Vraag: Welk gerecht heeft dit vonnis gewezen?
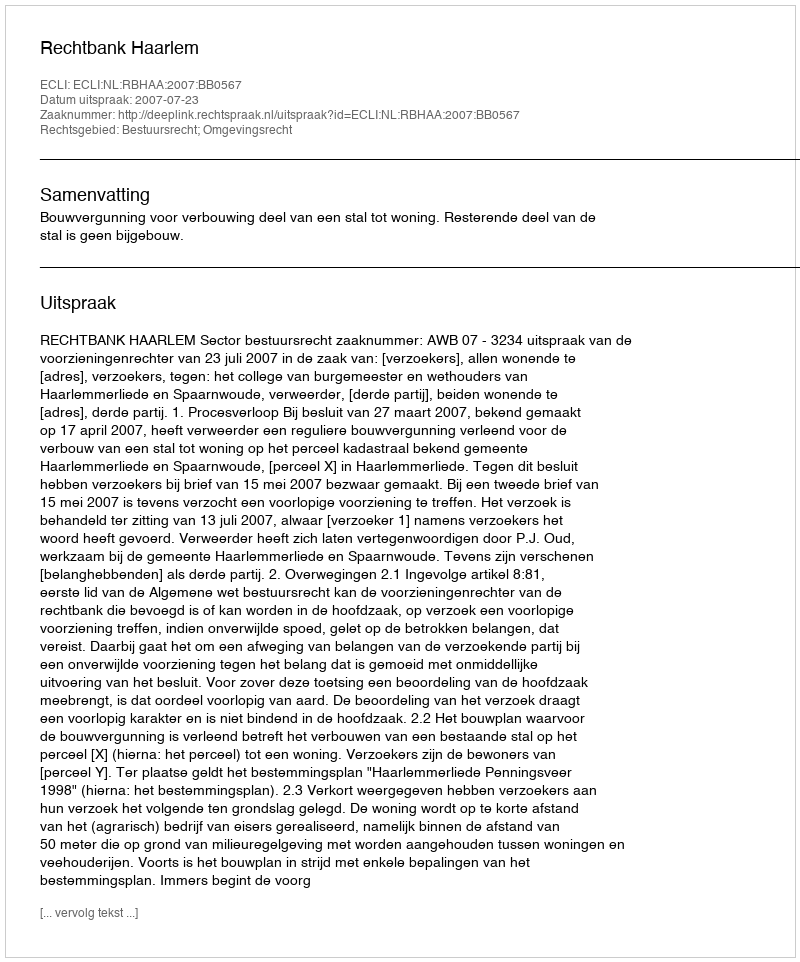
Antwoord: Rechtbank Haarlem